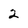
Character: 2